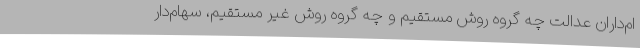
ام‌داران عدالت چه گروه روش مستقیم و چه گروه روش غیر مستقیم، سهام‌دار